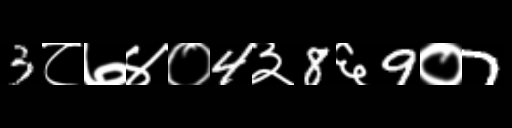
Text: 3८७४०4३8६9०7